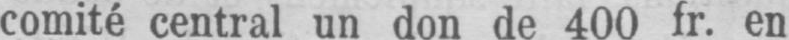
comité central un don de 400 fr. en